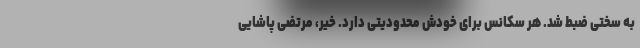
به سختی ضبط شد. هر سکانس برای خودش محدودیتی دارد. خیر، مرتضی پاشایی